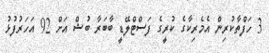
3 ހަފްތާކުރިން އެމެރިކާގެ ކުރީގެ ފަސްޓްލޭޑީ ބާބަރާ ބުޝް އަށް 92 އަހަރުފުޅު